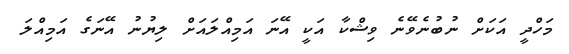
މަހްދީ އަކަށް ނުބުނެވޭނެ ވިޝްކާ އަކީ އޭނަ އަމިއްލައަށް ލިޔުނު އޭނަގެ އަމިއްލަ